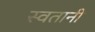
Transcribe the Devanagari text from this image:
स्वतानी